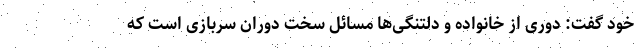
خود گفت: دوری از خانواده و دلتنگی‌ها مسائل سخت دوران سربازی است که